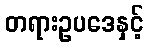
တရားဥပဒေနှင့်